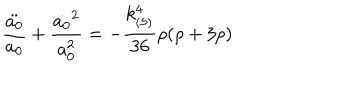
\frac { \ddot { a _ { 0 } } } { a _ { 0 } } + \frac { \dot { a _ { 0 } } ^ { 2 } } { a _ { 0 } ^ { 2 } } = - \frac { k _ { ( 5 ) } ^ { 4 } } { 3 6 } \rho ( \rho + 3 p )